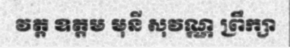
វត្ត ឧត្តម មុនី សុវណ្ណ ព្រឹក្សា